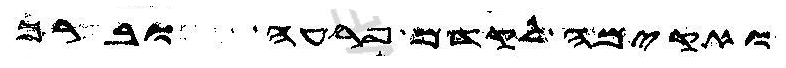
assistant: ואקימה לקדם פרעה וברך